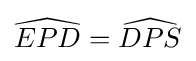
{\widehat {EPD}}={\widehat {DPS}}